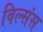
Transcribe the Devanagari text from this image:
विल्संस